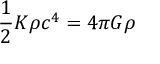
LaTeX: { \frac { 1 } { 2 } } K \rho c ^ { 4 } = 4 \pi G \rho